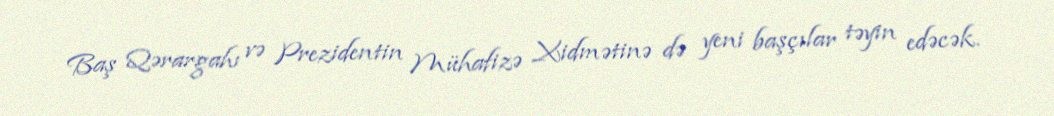
Baş Qərargahı və Prezidentin Mühafizə Xidmətinə də yeni başçılar təyin edəcək.